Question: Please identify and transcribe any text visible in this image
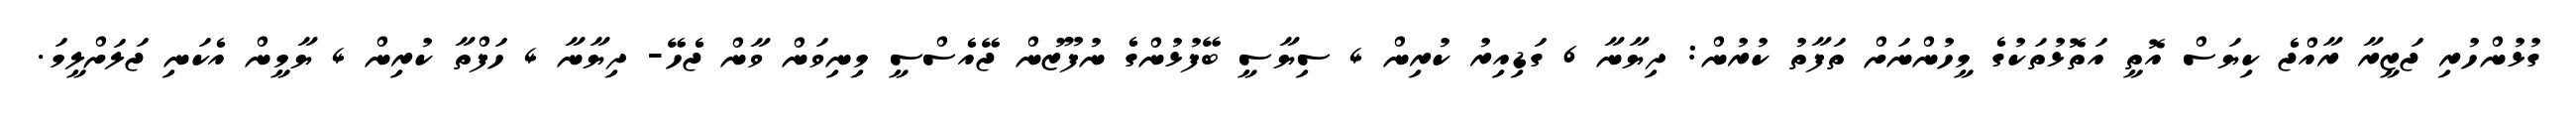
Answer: ގުޅުންހުރި ޖަޒީރާ ރާއްޖެ ކިޔަސް އޮތީ އަތޮޅުތަކުގެ މީހުންނަށް ތަފާތު ކުރުން: ދިޔާނާ 6 ގަޑިއިރު ކުރިން 4 ސިޔާސީ ބޭފުޅުންގެ ނުފޫޒުން ޖޭއެސްސީ މިނިވަން ވާން ޖެހޭ- ދިޔާނާ 4 ހަފްތާ ކުރިން 4 ޔާމީން އެކަނި ޖަލަށްލީމަ.